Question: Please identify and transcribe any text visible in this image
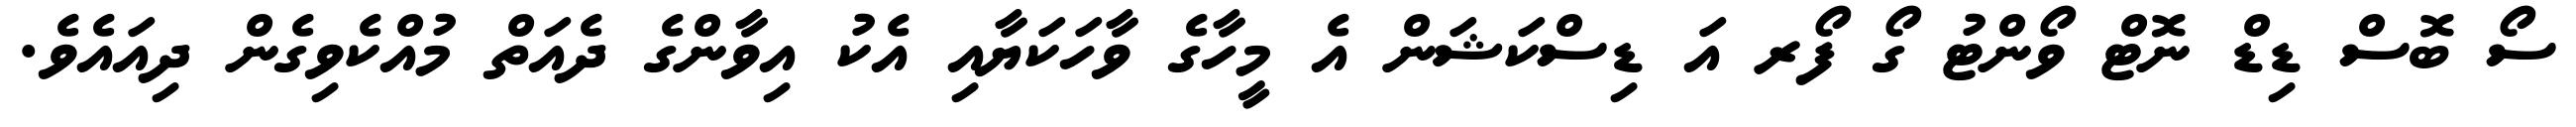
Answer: ސޯ ބޮސް ޑިޑް ނޮޓް ވޯންޓު ގޯ ފޯރ އަ ޑިސްކަޝަން އެ މީހާގެ ވާހަކަޔާއި އެކު އިވާންގެ ދެއަތް މުއްކެވިގެން ދިއައެވެ.